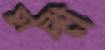
হ্লাদী